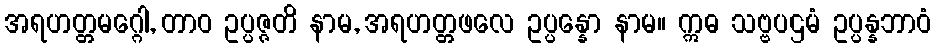
အရဟတ္တမဂ္ဂေါ, တာဝ ဥပ္ပဇ္ဇတိ နာမ, အရဟတ္တဖလေ ဥပ္ပန္နော နာမ။ ဣဓ သဗ္ဗပဌမံ ဥပ္ပန္နဘာဝံ